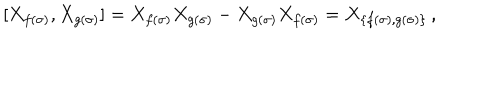
[ X _ { f ( \sigma ) } , X _ { g ( \sigma ) } ] = X _ { f ( \sigma ) } X _ { g ( \sigma ) } - X _ { g ( \sigma ) } X _ { f ( \sigma ) } = X _ { \{ f ( \sigma ) , g ( \sigma ) \} } \, ,